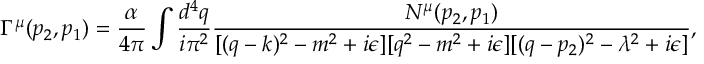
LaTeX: \Gamma ^ { \mu } ( p _ { 2 } , p _ { 1 } ) = \frac { { \alpha } } { 4 \pi } \int { \frac { d ^ { 4 } q } { { i } { \pi } ^ { 2 } } } \frac { N ^ { \mu } ( p _ { 2 } , p _ { 1 } ) } { [ ( q - k ) ^ { 2 } - m ^ { 2 } + i { \epsilon } ] [ q ^ { 2 } - m ^ { 2 } + i { \epsilon } ] [ ( q - p _ { 2 } ) ^ { 2 } - { \lambda } ^ { 2 } + i { \epsilon } ] } ,